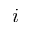
i